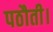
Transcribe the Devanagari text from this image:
पठौती।